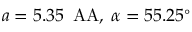
a = 5 . 3 5 \, \mathrm { \ A A } , \thickspace \alpha = 5 5 . 2 5 ^ { \circ }